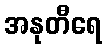
အနုတီရေ